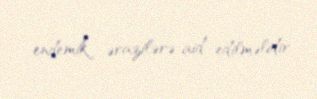
endemik ərazilərə aid edilməlidir.